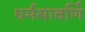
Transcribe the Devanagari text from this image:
धर्मसावर्णि